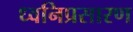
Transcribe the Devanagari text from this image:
ध्वनिप्रसारण